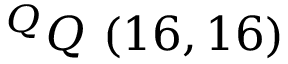
^ { Q } Q \ ( 1 6 , 1 6 )